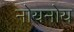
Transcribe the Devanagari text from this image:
नोयनोय